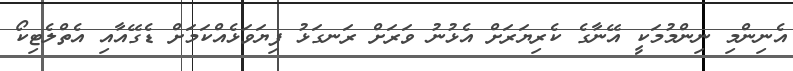
އެނިންމި ނިންމުމަކީ އޭނާގެ ކެރިޔަރަށް އެޅުނު ވަރަށް ރަނގަޅު ފިޔަވަޅެއްކަމަށް ޑެގޭއާއި އެތްލެޓިކޯ